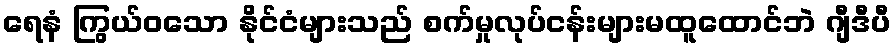
ရေနံ ကြွယ်ဝသော နိုင်ငံများသည် စက်မှုလုပ်ငန်းများမထူထောင်ဘဲ ဂျီဒီပီ